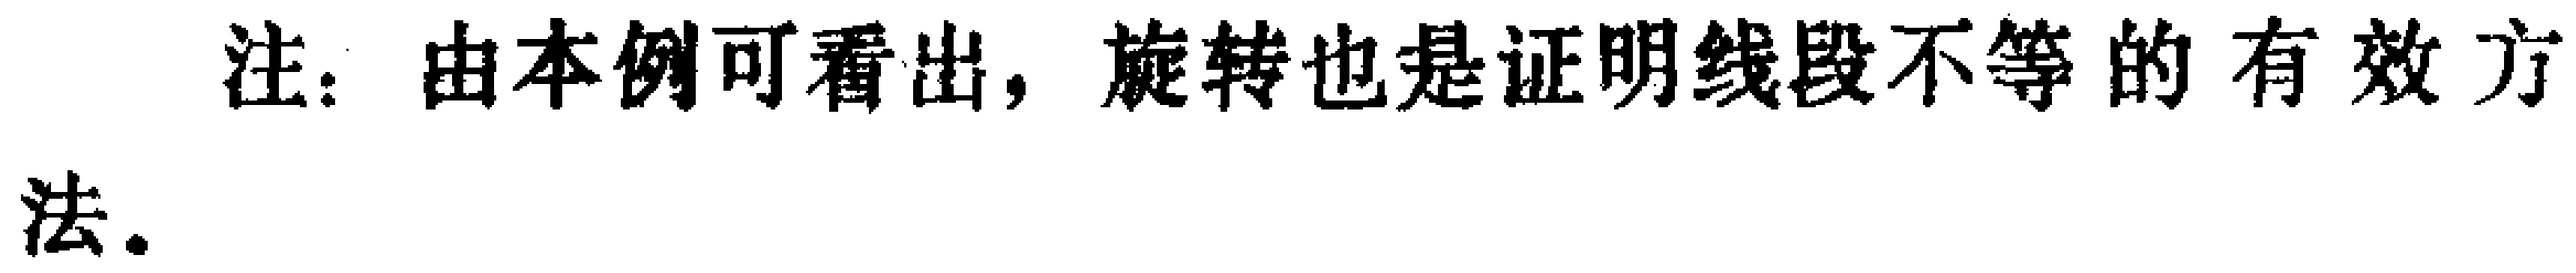
注：由本例可看出，旋转也是证明线段不等的有效方法。